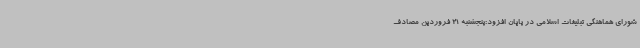
شورای هماهنگی تبلیغات اسلامی در پایان افزود:پنجشنبه 21 فروردین مصادف